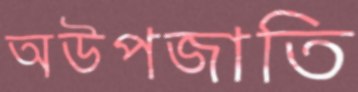
অউপজাতি